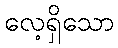
လေ့ရှိသော